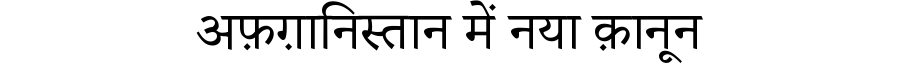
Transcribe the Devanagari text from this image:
अफ़ग़ानिस्तान में नया क़ानून